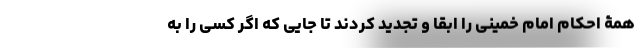
همۀ احکام امام خمینی را ابقا و تجدید کردند تا جایی که اگر کسی را به